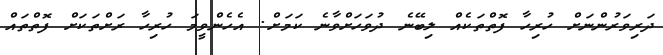
ދަރިވަރުންނަށް ހުރިހާ ފޮތްތަކެއް ލިބޭނެ ދުވަހަށްވާނެ ކަމަށް. އެހެންވީމަ ހުރިހާ ރަށްތަކަށް ފޮތްތައް